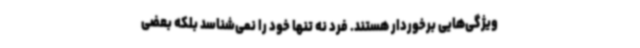
ویژگی‌هایی برخوردار هستند. فرد نه تنها خود را نمی‌شناسد بلکه بعضی